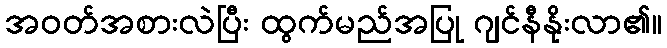
အဝတ်အစားလဲပြီး ထွက်မည်အပြု ဂျင်နီနိုးလာ၏။